Cholera in southern India
Disease focus: Cholera
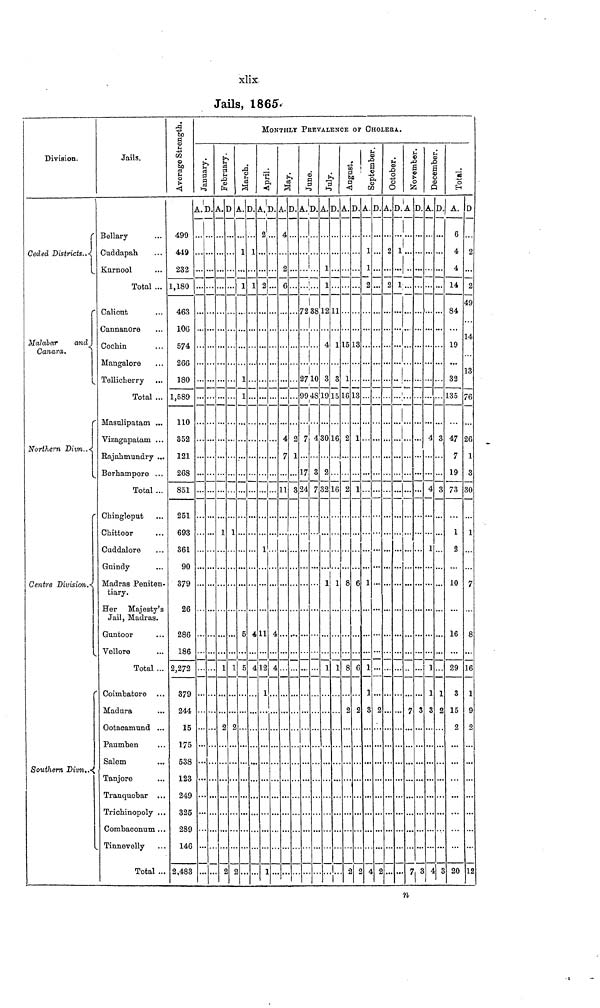
xlix
Jails, 1865.
Division.
Ceded Districts..
Malabar
and
Canara.
Northern Divn..
Centre Division
Southern Divn..
Jails.
Bollary ...
Cuddapah ...
Kurnool ...
Total ...
Calicut ...
Cannanore ...
Cochin ...
Mangalore ...
Tellicherry ...
Total ...
Masulipatam ...
Vizagapatam ...
Rajahmundry ...
Berhampore ...
Total ...
Chingleput ...
Chittoor ...
Cuddalore ...
Gnindy ...
Madras Peniten-
tiary.
Her Majesty's
Jail, Madras.
Guntoor ...
Vellore ...
Total ...
Coimbatore ...
Madura ...
Ootaoaxnund ...
Paumben ...
Salem ...
Tanjore ...
Tranquobar ...
Trichinopoly ...
Combaconum ...
Tinnevelly ...
Total ...
Average strength
499
449
232
1,180
463
106
574
266
180
1,589
110
352
121
268
851
251
693
361
90
379
26
286
186
2,272
379
244
15
175
538
123
249
325
289
146
2,483
MONTHLY PREVALENCE OF CHOLERA.
January.
A.
...
...
...
...
...
...
...
...
...
...
...
...
...
...
...
...
...
...
...
...
...
...
...
...
...
...
...
...
...
...
...
...
...
...
...
...
...
D.
...
...
...
...
...
...
...
...
...
...
...
...
...
...
...
...
...
...
...
...
...
...
...
...
...
...
...
...
...
...
...
...
...
...
...
...
...
February.
A.
...
...
...
...
...
...
...
...
...
...
...
...
...
...
...
...
...
1
...
...
...
...
...
...
1
...
...
2
...
...
...
...
...
...
...
...
2
D
...
...
...
...
...
...
...
...
...
...
...
...
...
...
...
...
...
1
...
...
...
...
...
...
1
...
...
2
...
...
...
...
...
...
...
...
2
March.
A.
...
1
...
1
...
...
...
...
1
1
...
...
...
...
...
...
...
...
...
...
...
...
5
...
5
...
...
...
...
...
...
...
...
...
...
...
...
D.
...
1
...
1
...
...
...
...
...
...
...
...
...
...
...
...
...
...
...
...
...
...
4
...
4
...
...
...
...
...
...
...
...
...
...
...
...
April.
A.
2
...
...
2
...
...
...
...
...
......
...
...
...
...
...
...
...
...
1
...
...
...
11
...
12
1
...
...
...
...
...
...
...
...
...
...
1
D.
...
...
...
...
...
...
...
...
...
...
...
...
...
...
...
...
...
...
...
...
...
...
4
...
4...
...
...
...
...
...
...
...
...
...
...
...
...
May.
A.
4
...
2
6
...
...
...
...
...
...
...
4
...
7
...
11
...
...
...
...
...
...
...
...
...
...
...
...
...
...
...
...
...
...
...
...
...
D.
...
...
...
...
...
...
...
...
...
...
...
2
...
1
...
3
...
...
...
...
...
...
...
...
...
...
...
...
...
...
...
...
...
...
...
...
...
June.
A.
...
...
...
...
72
...
...
...
27
99
...
7
...
...
17
24
...
...
...
...
...
...
...
...
...
...
...
...
...
...
...
...
...
...
...
...
...
D.
...
...
...
...
38
...
...
...
10
48
...
4
...
...
3
7
...
...
...
...
...
...
...
...
...
...
...
...
...
...
...
...
...
...
...
...
...
July.
A.
...
...
1
1
12
...
4
...
3
19
...
30
...
...
2
32
...
...
...
...
1
...
...
...
1
...
...
...
...
...
...
...
...
...
...
...
...
D.
...
...
...
...
11
...
1
...
3
15
...
16
...
...
...
16
...
...
...
...
1
...
...
...
1
...
...
...
...
...
...
...
...
...
...
...
...
August.
A.
...
...
...
...
...
...
15
...
1
16
...
2
...
...
...
2
...
...
...
...
8
...
...
...
8
...
2
...
...
...
...
...
...
...
...
...
2
D.
...
...
...
...
...
...
13
...
...
13
...
1
...
...
...
1
...
...
...
...
6
...
...
...
6
...
2
...
...
...
...
...
...
...
...
...
2
September.
A.
...
1
1
2
...
...
...
...
...
...
...
...
...
...
...
...
...
...
...
...
1
...
...
...
1
1
3
...
...
...
...
...
...
...
...
...
4
D.
...
...
...
...
...
...
...
...
...
...
...
...
...
...
...
...
...
...
...
...
...
...
...
...
...
...
2
...
...
...
...
...
...
...
...
...
2
October.
A.
...
2
...
2
...
...
...
...
...
...
...
...
...
...
...
...
...
...
...
...
...
...
...
...
...
...
...
...
...
...
...
...
...
...
...
...
...
D.
...
1
...
1
...
...
...
...
...
...
...
...
...
...
...
...
...
...
...
...
...
...
...
...
...
...
...
...
...
...
...
...
...
...
...
...
...
November.
A.
...
...
...
...
...
...
...
...
...
...
...
...
...
...
...
...
...
...
...
...
...
...
...
...
...
...
7
...
...
...
...
...
...
...
...
...
7
D.
...
...
...
...
...
...
...
...
...
...
...
...
...
...
...
...
...
...
...
...
...
...
...
...
...
...
3
...
...
...
...
...
...
...
...
...
3
December.
A.
...
...
...
...
...
...
...
...
...
...
...
4
...
...
...
4
...
...
1
...
...
...
...
...
1
1
3
...
...
...
...
...
...
...
...
...
4
D.
...
...
...
...
...
...
...
...
...
...
...
3
...
...
...
3
...
...
...
...
...
...
...
...
...
1
2
...
...
...
...
...
...
...
...
...
3
Total.
A.
6
4
4
14
84
...
19
...
32
135
...
47
...
7
19
73
...
1
2
...
10
...
16
...
29
3
15
2
...
...
...
...
...
...
...
...
20
D.
...
2
...
2
49
...
14
...
13
76
...
26
...
1
3
30
...
1
...
...
7
...
8
...
16
1
9
2
...
...
...
...
...
...
...
...
12
n